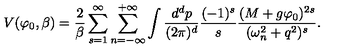
V ( \varphi _ { 0 } , \beta ) = \frac { 2 } { \beta } \sum _ { s = 1 } ^ { \infty } \sum _ { n = - \infty } ^ { + \infty } \int \frac { d ^ { d } p } { ( 2 \pi ) ^ { d } } \frac { ( - 1 ) ^ { s } } { s } \frac { ( M + g \varphi _ { 0 } ) ^ { 2 s } } { ( \omega _ { n } ^ { 2 } + q ^ { 2 } ) ^ { s } } .